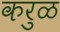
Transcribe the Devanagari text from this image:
करुळ